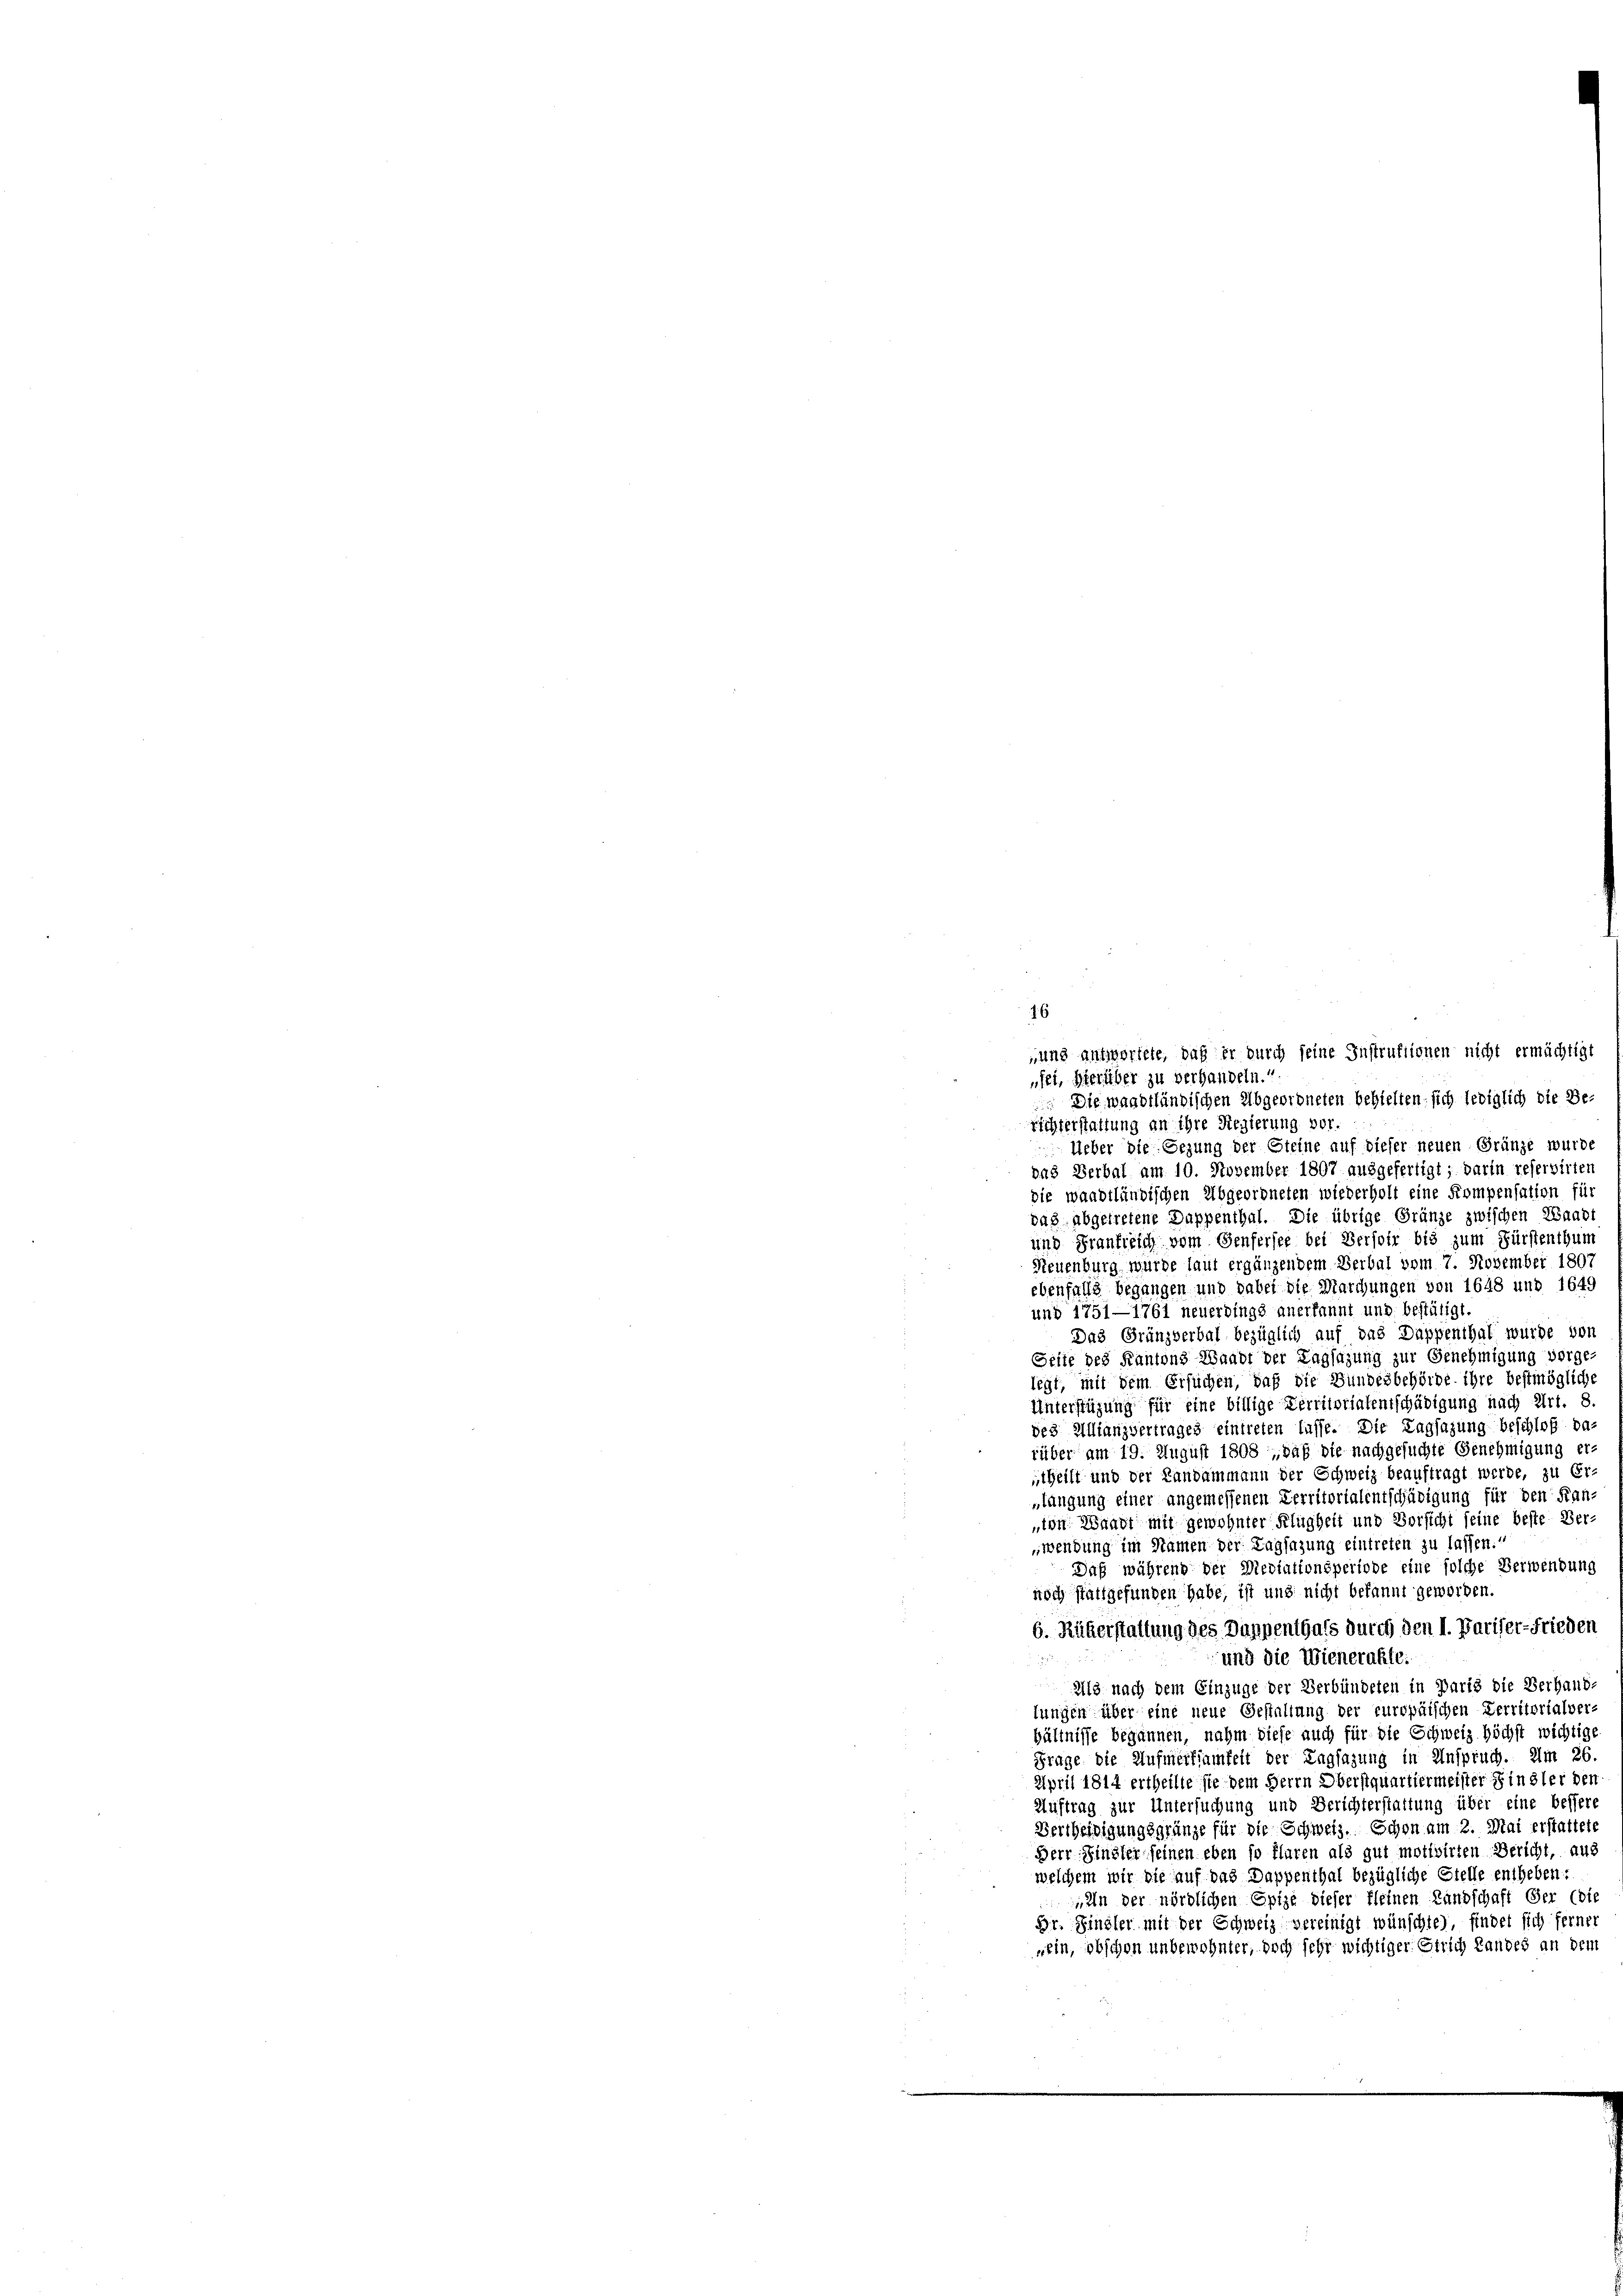
16
und antwortete, daß er durch seine Instruktionen nicht ermächtigt
fei, hierüber zu verhandeln.“
 Die waadtländischen Abgeordneten behielten, sich lediglich die Be-
richterstattung an ihre Regierung vor.
Ueber die Gezung der Steine auf dieser neuen Gränze wurde
das Verbal am 10. November 1807 ausgefertigt; darin reservirten
die waadtländischen Abgeordneten wiederholt eine Kompensation für
das abgetretene Dappenthal. Die übrige Gränze zwischen Waadt
und Franftlich vom Genfersee bei Versoir bis zum Fürstenthum
Neuenburg wurde laut ergänzendem Verbal vom 7. November 1807
ebenfalls begangen und dabei die Marchungen von 1648 und 1649
und 1751—1761 neuerdings anerkannt und bestätigt,
Das Gränzverbal bezüglich auf das Dappenthal wurde von
Seite des Kantons Waadt der Tagsazung zur Genehmigung vorge-
legt, mit dem Ersuchen, daß die Bundesbehörde ihre bestmögliche
Unterstützung für eine billige Verritorialentschädigung nach Art. 8.
des Allianzvertrages eintreten lasse. Die Tagsazung beschloß darüber am 19. August 1808, daß die nachgesuchte Genehmigung ertheilt und der Landammann der Schweiz beauftragt werde, zu Er-
slangung einer angemessenen Verritorialentschädigung für den Kan-
ton Waadt mit gewohnter Klugheit und Vorsicht seine beste Ver-
wendung im Namen der Tagsazung eintreten zu lassen.“
Daß während der Mediationsperiode eine solche Verwendung
noch stattgefunden habe, ist und nicht bekannt geworden.
6. Rükerstaltung des Dappenthals durch den I. Pariser-Frieden
und die Wienerakte:

23 nach dem Einzüge der Verbündeten in Paris die Verhaup-
lungen über eine neue Gestaltung der europäischen Verritorialver-
hältnisse begannen, nahm diese auch für die Schweiz höchst wichtige
Frage die Aufmerksamkeit der Tagsazung in Anspruch. Am 26.
April 1814 ertheilte sie dem Herrn Oberstquartiermeister Finsler den
Auftrag zur Untersuchung und Berichterstattung über eine bessere
Vertheidigungsgränze für die Schweiz. Schon am 2. Mai erstattete
Herr Finster seinen eben so flaren als gut motivirten Bericht, aus
welchem wir die auf das Dappenthal bezügliche Stelle entheben:
„In der nördlichen Epize dieser fleinen Landschaft der (die
Dr. Finsler mit der Schweiz vereinigt wünschte), findet sich ferner
«ein, obschon unbewohnter, doch sehr wichtiger Errich Landes an dem